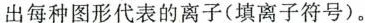
出每种图形代表的离子(填离子符号)。